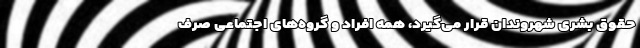
حقوق بشری شهروندان قرار می‌گیرد، همه افراد و گروه‌های اجتماعی صرف